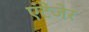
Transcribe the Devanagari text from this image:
एंटेंजेर